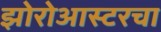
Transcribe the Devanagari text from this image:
झोरोआस्टरचा